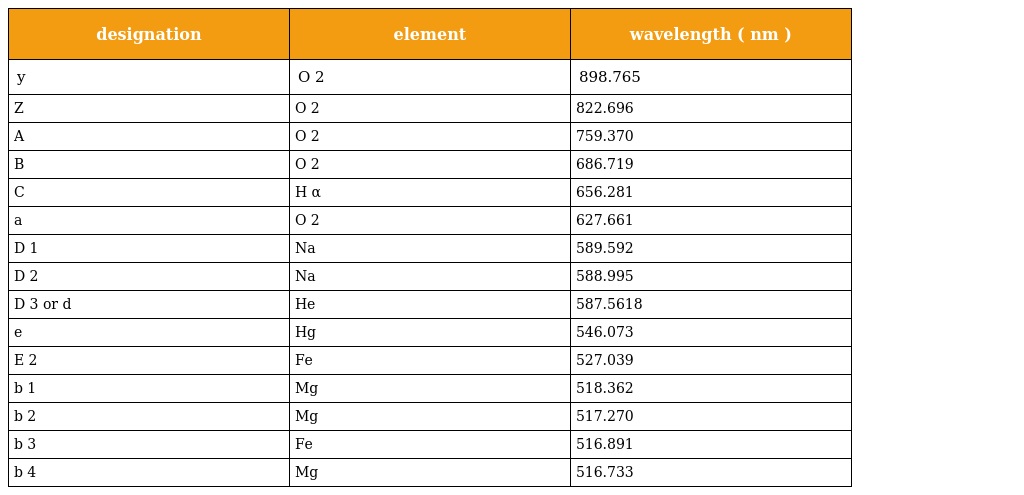
| designation | element | wavelength ( nm ) |
 | --- | --- | --- |
 | y | O 2 | 898.765 |
 | Z | O 2 | 822.696 |
 | A | O 2 | 759.370 |
 | B | O 2 | 686.719 |
 | C | H α | 656.281 |
 | a | O 2 | 627.661 |
 | D 1 | Na | 589.592 |
 | D 2 | Na | 588.995 |
 | D 3 or d | He | 587.5618 |
 | e | Hg | 546.073 |
 | E 2 | Fe | 527.039 |
 | b 1 | Mg | 518.362 |
 | b 2 | Mg | 517.270 |
 | b 3 | Fe | 516.891 |
 | b 4 | Mg | 516.733 |